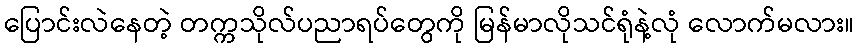
ပြောင်းလဲနေတဲ့ တက္ကသိုလ်ပညာရပ်တွေကို မြန်မာလိုသင်ရုံနဲ့လုံ လောက်မလား။